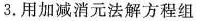
3.用加减消元法解方程组